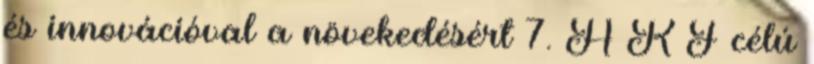
és innovációval a növekedésért 7. A K F célú